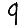
Digit: 9